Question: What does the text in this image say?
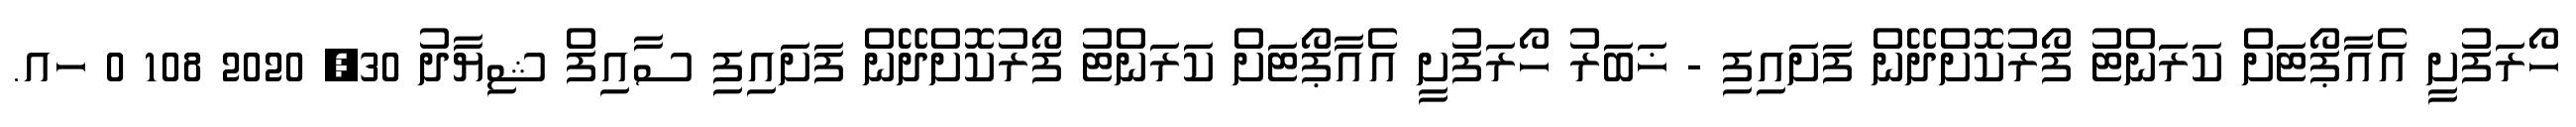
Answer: ހޯރަފުށީ އެއާޕޯޓަށް ކަރަންޓު ފޯރުކޮށްދޭން ފަށައިފި - ޚަބަރު ހޯރަފުށީ އެއާޕޯޓަށް ކަރަންޓު ފޯރުކޮށްދޭން ފަށައިފި ސާއިފް ޝިޔާދު 30, 2020 108 0 ހއ.